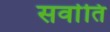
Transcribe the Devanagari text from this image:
सर्वाति